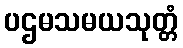
ပဌမသမယသုတ္တံ